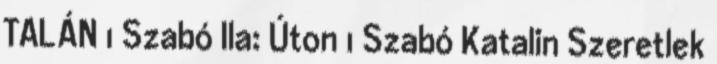
TALÁN 1 Szabó Ila: Úton 1 Szabó Katalin Szeretlek